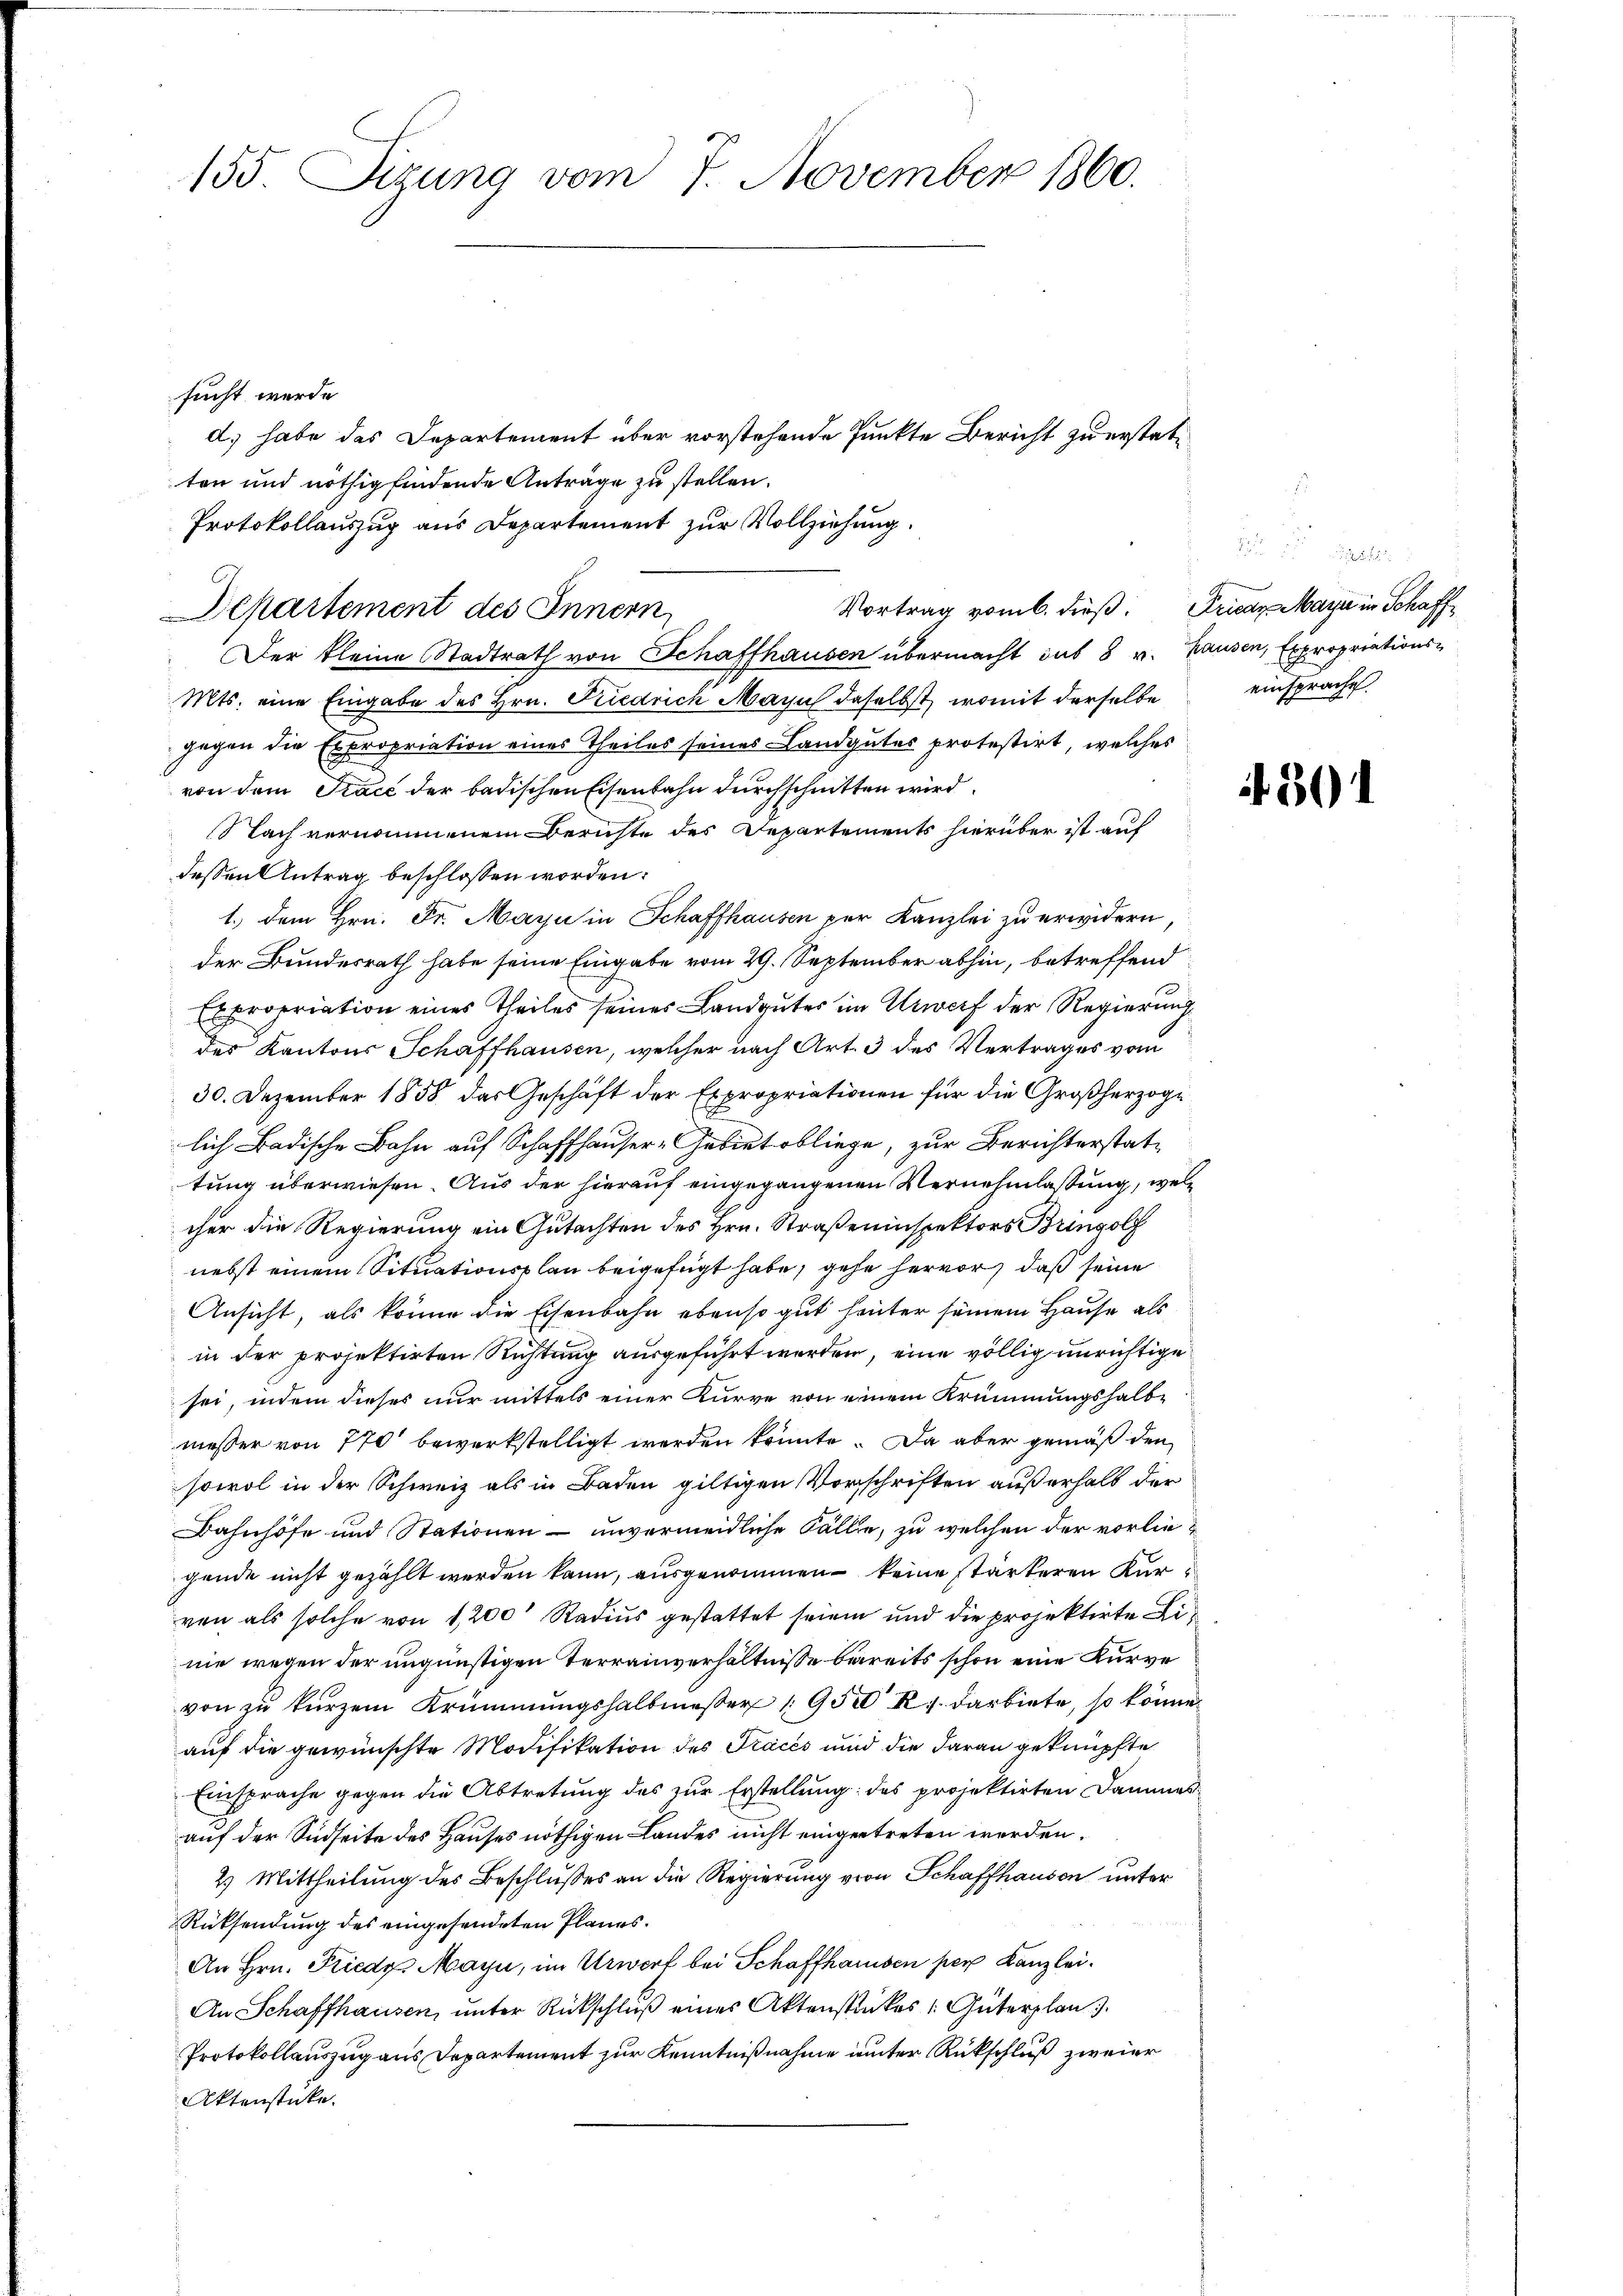
155. Sitzung vom 7. November 1860.
sucht werde.
d) habe das Departement über vorstehende Punkte Bericht zu erstatten und nöthig findende Anträge zu stellen.

Mts. eine Eingabe des Hrn. Friedrich Mann daselbst, womit derselbe
gegen die Expropriation eines Theiles seines Landgutes protestirt, welches
von dem Trace der badischen Eisenbahn durchschnitten wird
Nach vernommenem Berichte des Departements hierüber ist auf
dessen Antrag beschlossen worden:
1.) Dem Hrn. Fr. Mayn in Schaffhausen per Kanzlei zu erwidern
der Bundesrath habe seine Eingabe vom 29. September abhin, betreffend
Expropriation eines Theiles seines Landgutes im Erwerf der Regierung
des Kantons Schaffhausen, welcher nach Art. 3 des Vertrages vom
30. Dezember 1858 das Geschäft der Expropriationen für die Großherzogi
lich Badische Bahn auf Schaffhauser-Gebiet obliege, zur Berichterstattung überwiesen. Aus der hierauf eingegangenen Vernehmlassung, welcher die Regierung ein Gutachten des Hrn. Straßeninspektors Bringolf
nebst einem Situationsplan beigefügt habe, gehe hervor, daß seine
Ansicht, als könne die Eisenbahn ebenso gut hinter seinem Hause als
in der projektirten Richtung ausgeführt werden, eine völlig unrichtige
sei, indem dieses nur mittels einer Kurve von einem Krümmungshalbmesser von 770 bewerkstelligt werden könnte. Da aber gemäß den
sowol in der Schweiz als in Baden giltigen Vorschriften außerhalb der
Bahnhöfe und Stationen – unvermeidliche Fälle, zu welchen der vorliegende nicht gezählt werden kann, ausgenommen keine stärkeren Kurvon als solche von 1200 Radius gestattet seien und die projektirte Linie wegen der ungünstigen Terrainverhältnisse bereits schon eine Kurve
von zŭ kŭrzem Krümmungshalbmesser 19500 R. darbiete, so könne.
auf die gewünschte Modifikation des Traces und die daran geknüpfte
Einsprache gegen die Abtretung des zur Erstellung des projektirten Dammesauf der Südseite des Hauses nöthigen Landes nicht eingertreten werden.
2) Mittheilung des Beschlußes an die Regierung von Schaffhausen unter
Rücksendung des eingesendeten Planes.
An Hrn. Friedg. Mayn, im Urworf bei Schaffhausen per Kanzlei.
An Schaffhausen, unter Rückschluß eines Aktenstückes Güterplan
Protokollauszug aus Departement zur Kenntnißnahme unter Rückschluß zweier
Aktenstücke.

Protokollauszug aus Departement zur Vollziehung.
r
Vortrag vom 6. dieß.
Departement des Innern
Der kleine Stadtrath von Schaffhausen übermacht das 8 v. Hausen, Expropriations¬

Arican Mayr in Schaffeinsprache.

A. 501